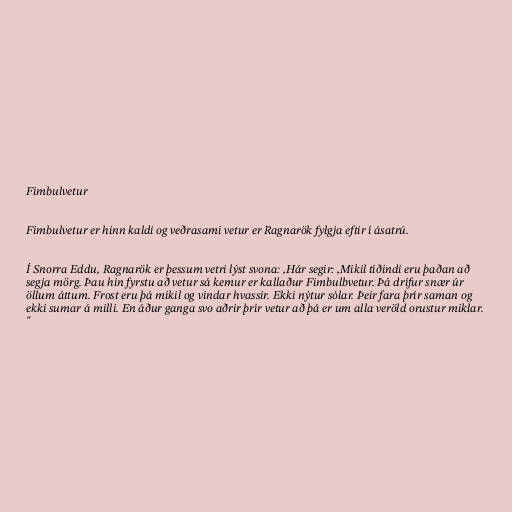
Fimbulvetur

Fimbulvetur er hinn kaldi og veðrasami vetur er Ragnarök fylgja eftir í ásatrú.

Í Snorra Eddu, Ragnarök er þessum vetri lýst svona: ,Hár segir: ,Mikil tíðindi eru þaðan að
segja mörg. Þau hin fyrstu að vetur sá kemur er kallaður Fimbulbvetur. Þá drífur snær úr
öllum áttum. Frost eru þá mikil og vindar hvassir. Ekki nýtur sólar. Þeir fara þrír saman og
ekki sumar á milli. En áður ganga svo aðrir þrír vetur að þá er um alla veröld orustur miklar.
"